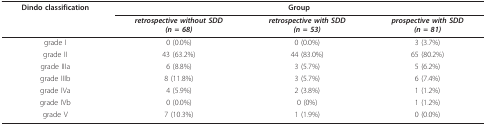
<table><thead><tr><td><b>Dindo classification</b></td><td colspan="3"><b>Group</b></td></tr><tr><td></td><td><b><i>retrospective without SDD</i><i>(n = 68)</i></b></td><td><b><i>retrospective with SDD</i><i>(n = 53)</i></b></td><td><b><i>prospective with SDD</i><i>(n = 81)</i></b></td></tr></thead><tbody><tr><td>grade I</td><td>0 (0.0%)</td><td>0 (0.0%)</td><td>3 (3.7%)</td></tr><tr><td>grade II</td><td>43 (63.2%)</td><td>44 (83.0%)</td><td>65 (80.2%)</td></tr><tr><td>grade IIIa</td><td>6 (8.8%)</td><td>3 (5.7%)</td><td>5 (6.2%)</td></tr><tr><td>grade IIIb</td><td>8 (11.8%)</td><td>3 (5.7%)</td><td>6 (7.4%)</td></tr><tr><td>grade IVa</td><td>4 (5.9%)</td><td>2 (3.8%)</td><td>1 (1.2%)</td></tr><tr><td>grade IVb</td><td>0 (0.0%)</td><td>0 (0%)</td><td>1 (1.2%)</td></tr><tr><td>grade V</td><td>7 (10.3%)</td><td>1 (1.9%)</td><td>0 (0.0%)</td></tr></tbody></table>